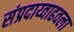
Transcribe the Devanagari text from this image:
संप्रदाय्वाढवला